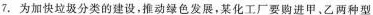
7.为加快垃圾分类的建设，推动绿色发展，某化工厂要购进甲。乙两种型